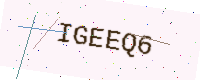
Text: IGEEQ6